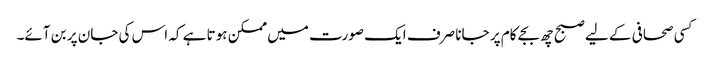
کسی صحافی کے لیے صبح چھ بجے کام پر جانا صرف ایک صورت میں ممکن ہوتا ہے کہ اس کی جان پر بن آئے۔